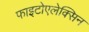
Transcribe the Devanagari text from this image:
फाइटोएलेक्सिन